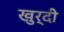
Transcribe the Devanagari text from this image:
खुर्दी